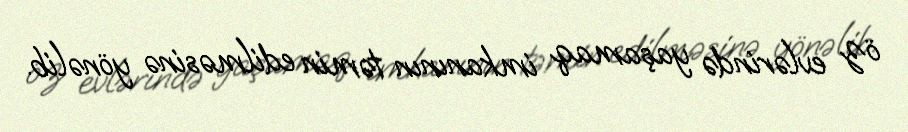
öz evlərində yaşamaq imkanının təmin edilməsinə yönəlib.